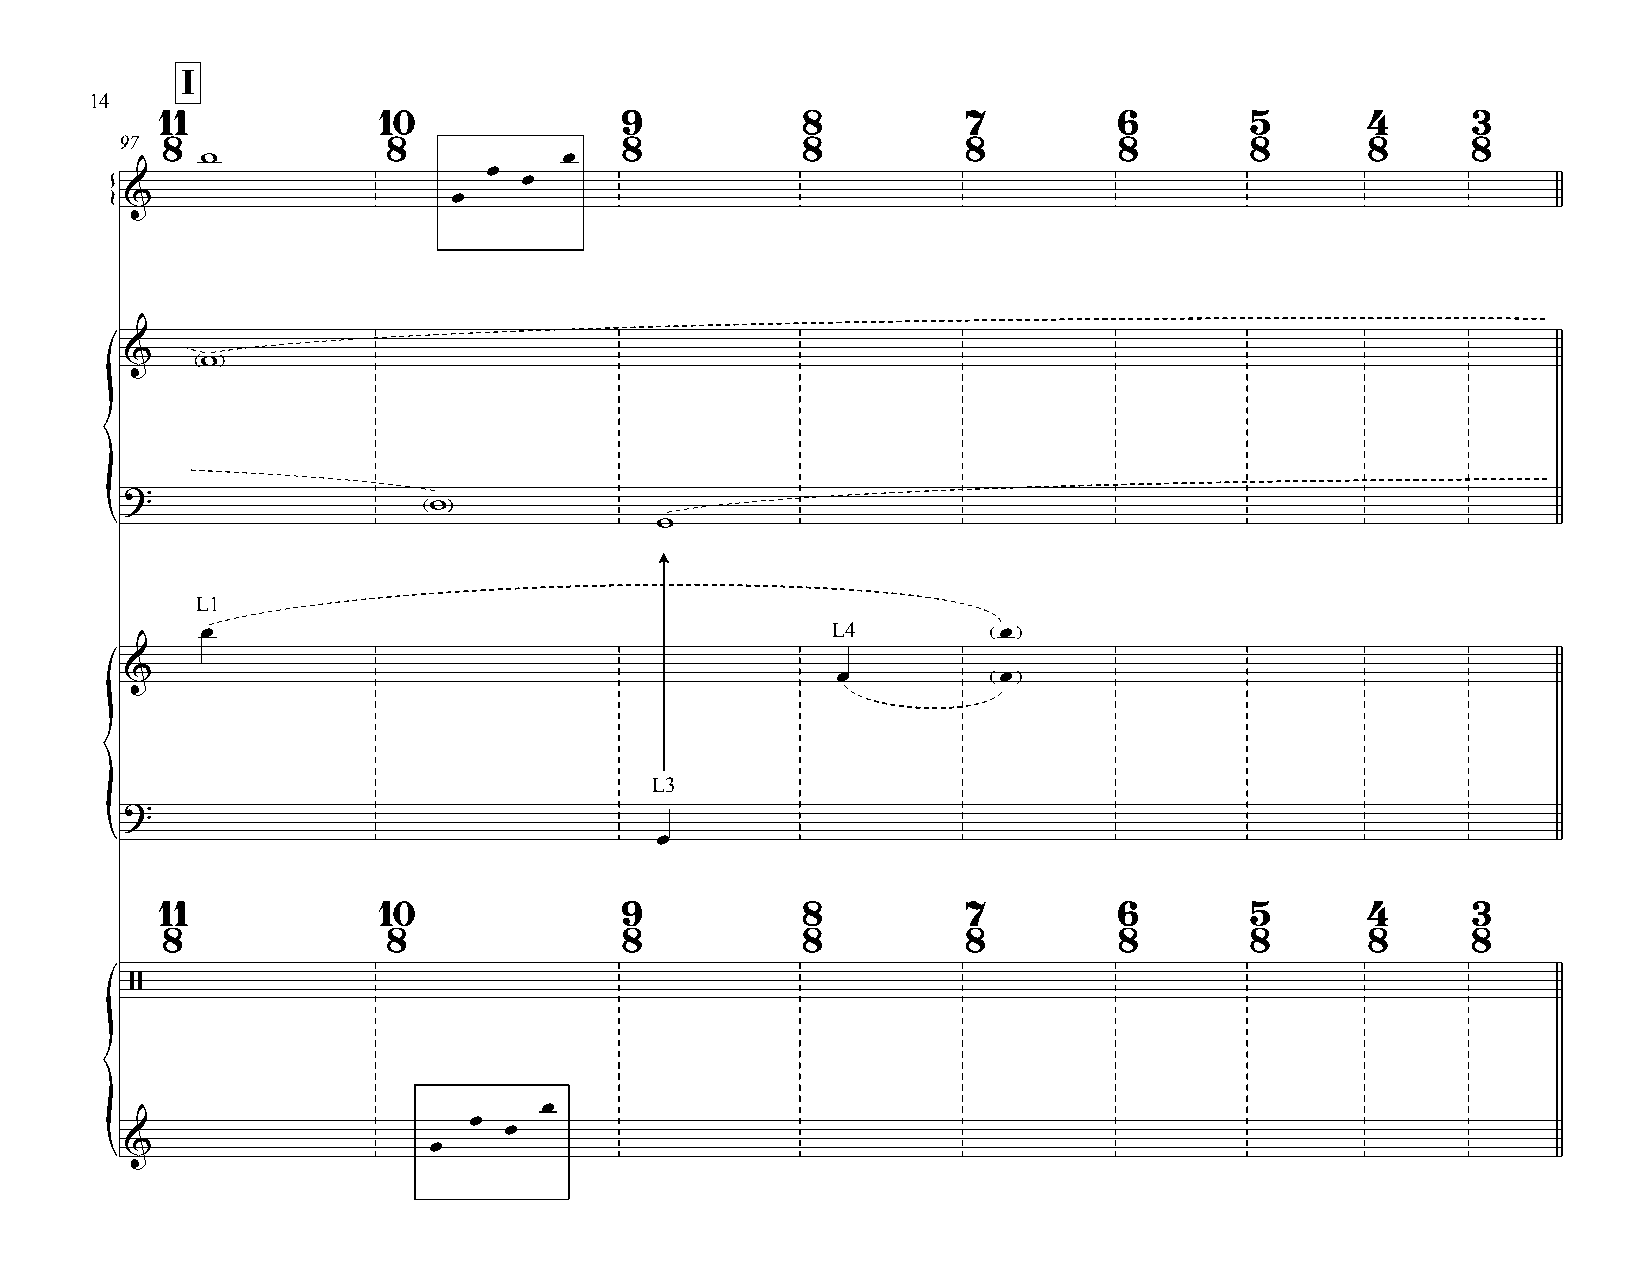
I
 14
 11            10              9           8          7         6        5      4      3
 97 8              8              8           8          8         8        8       8     8
 w                       œ
 œ
 œ
 &                     œ
 {
 &    w
 ?
 w
 {                                   w
 L1
 œ                                         L4         œ
 &                                              œ          œ
 L3
 ?
 {                                   œ
 11            10              9           8          7         6        5      4      3
 8              8              8           8          8         8        8       8     8
 /
 œ
 œ
 œ
 &                   œ
 {